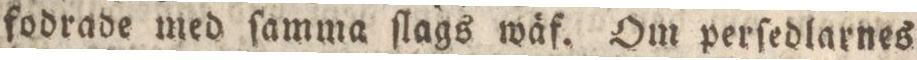
fodrade med ſamma ſlags wäf. Om perſedlarnes